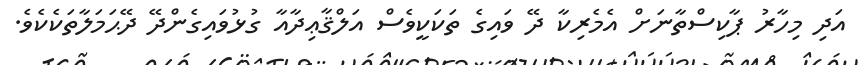
އަދި މިހާރު ޕާކިސްތާނަށް އެމެރިކާ ދޭ ވައިގެ ތަކަކީވެސް އަލްޤާޢިދާއާ ގުޅުވައިގެންދޭ ދޭޙަމަލާތަކެކެވެ.